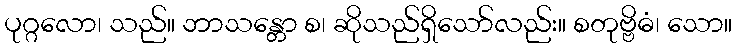
ပုဂ္ဂလော၊ သည်။ ဘာသန္တော စ၊ ဆိုသည်ရှိသော်လည်း။ စတုဗ္ဗိဓံ၊ သော။